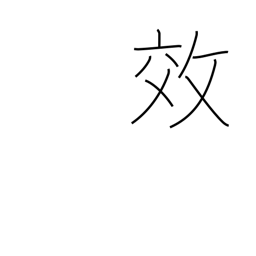
Meaning: effect